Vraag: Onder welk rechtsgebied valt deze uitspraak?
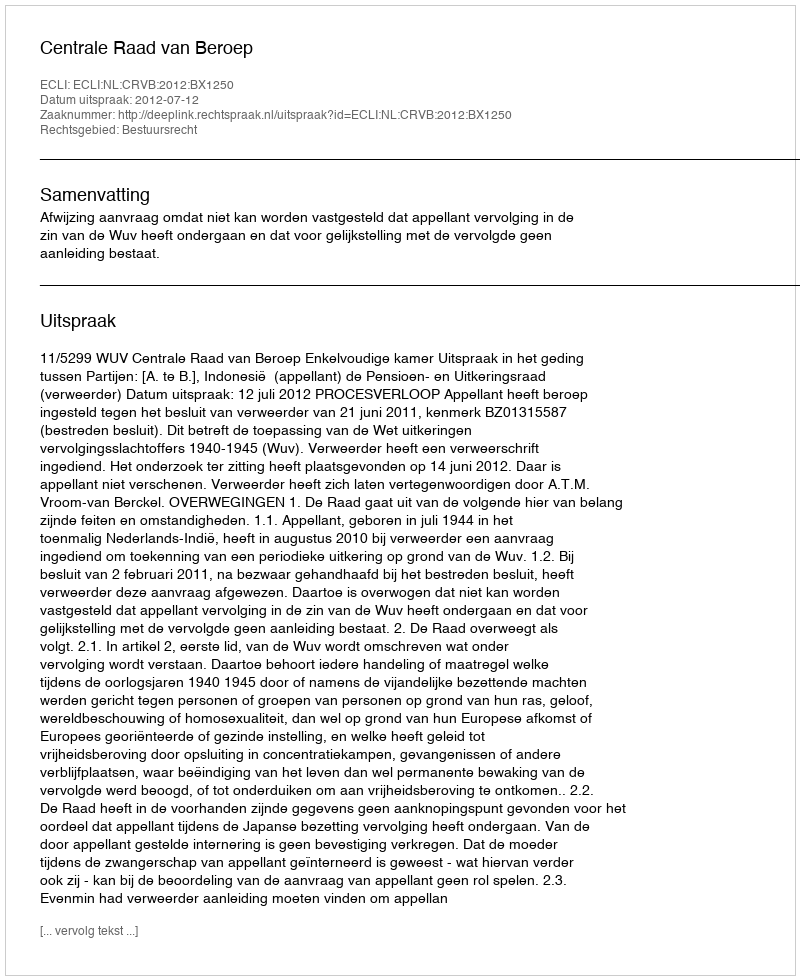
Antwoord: Bestuursrecht